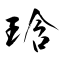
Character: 琀